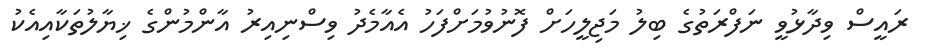
ރައީސް ވިދާޅުވީ ނަފްރަތުގެ ބިލު މަޖިލީހަށް ފޮނުވުމަށްފަހު އެއާމެދު ވިސްނިއިރު އާންމުންގެ ޚިޔާލުތަކާއިއެކު